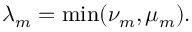
\lambda _ { m } = \operatorname* { m i n } ( \nu _ { m } , \mu _ { m } ) .